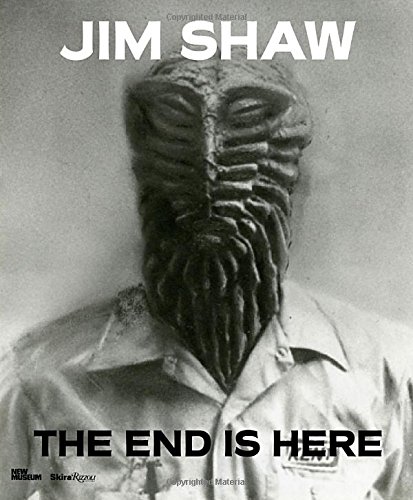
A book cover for Jim Shaw: The End Is Here; Natalie Bell; Arts & Photography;